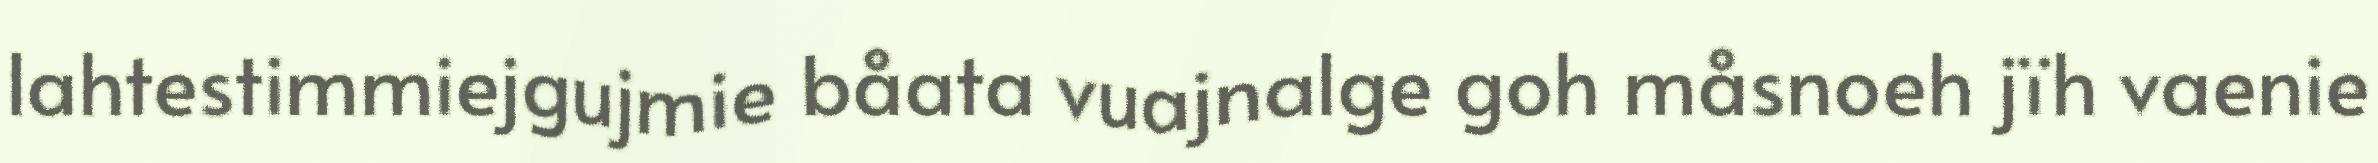
lahtestimmiejgujmie båata vuajnalge goh måsnoeh jïh vaenie